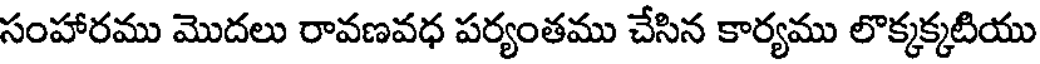
సంహారము మొదలు రావణవధ పర్యంతము చేసిన కార్యము లొక్కక్కటియు